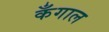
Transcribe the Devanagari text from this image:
कँगाल